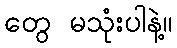
တွေ မသုံးပါနဲ့။